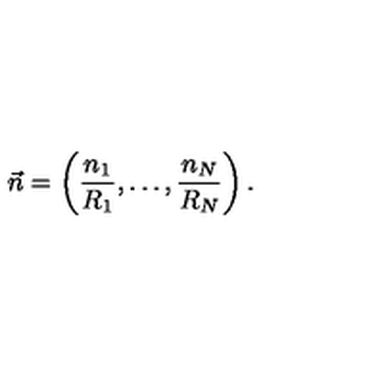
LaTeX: \vec { n } = \left( \frac { n _ { 1 } } { R _ { 1 } } , \ldots , \frac { n _ { N } } { R _ { N } } \right) .